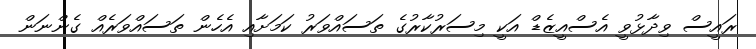
ރައީސް ވިދާޅުވީ އެސްއީޒެޑް އަކީ މިސަރުކާރުގެ ތަސައްވަރު ކަމަށާއި އެހެން ތަސައްވަރެއް ގެންނަން